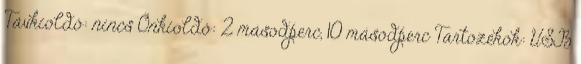
Távkioldó: nincs Önkioldó: 2 másodperc, 10 másodperc Tartozékok: USB